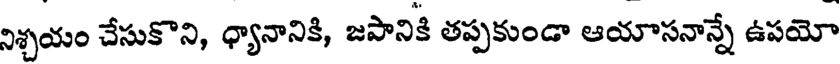
నిశ్చయం చేసుకొని, ధ్యానానికి, జపానికి తప్పకుండా ఆయాసనాన్నే ఉపయో